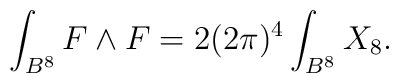
\int_{B^{8}} F \wedge F = 2 (2\pi)^4 \int_{B^8} X_{8}.